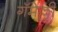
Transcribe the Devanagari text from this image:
गॅमेल्ली